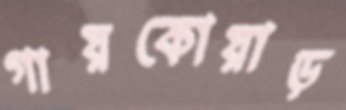
গায়কোয়াড়